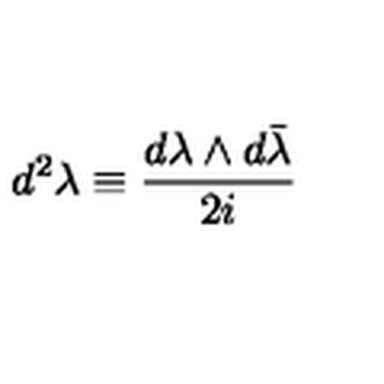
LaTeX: d ^ { 2 } \lambda \equiv \frac { d \lambda \wedge d \bar { \lambda } } { 2 i }